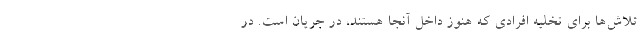
تلاش‌ها برای تخلیه افرادی که هنوز داخل آنجا هستند، در جریان است. در